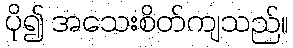
ပို၍ အသေးစိတ်ကျသည်။